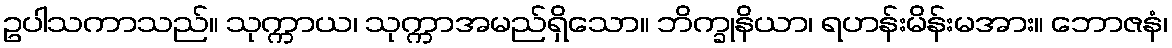
ဥပါသကာသည်။ သုက္ကာယ၊ သုက္ကာအမည်ရှိသော။ ဘိက္ခုနိယာ၊ ရဟန်းမိန်းမအား။ ဘောဇနံ၊